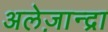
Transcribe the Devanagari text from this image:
अलेज़ान्द्रा